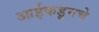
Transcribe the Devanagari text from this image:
आईकडूनचे